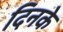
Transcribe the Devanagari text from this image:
दिनके